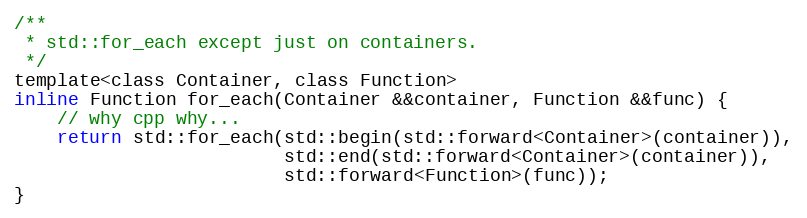
Language: C
/**
 * std::for_each except just on containers.
 */
template<class Container, class Function>
inline Function for_each(Container &&container, Function &&func) {
	// why cpp why...
	return std::for_each(std::begin(std::forward<Container>(container)),
	                     std::end(std::forward<Container>(container)),
	                     std::forward<Function>(func));
}